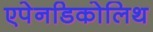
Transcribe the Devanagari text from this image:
एपेनडिकोलिथ